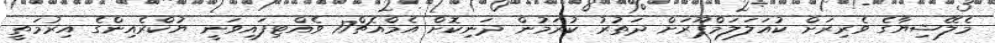
މެލޭޝިޔާގެ ވެރިރަށް ކުއަލަލަމްޕޫރަށް ދަތުރު ކުރަމުން ދަނިކޮށް އެމްއެޗް17 ވެއްޓިފައިވަނީ ޔުކްރެއިންގެ އިރުމަތީ